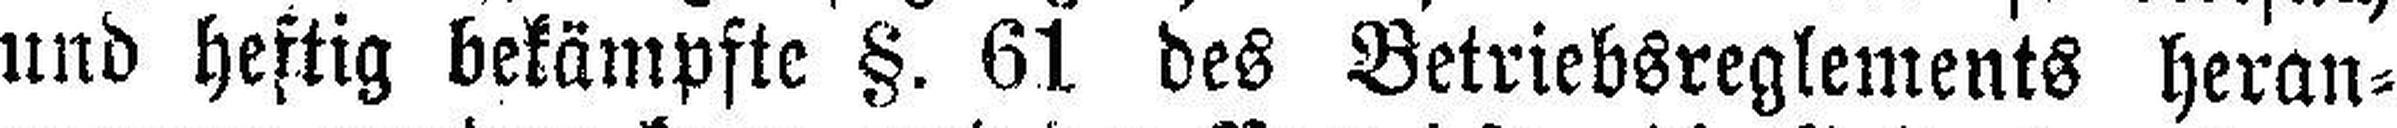
und heftig bekämpfte §. 61 des Betriebsreglements heran¬